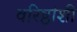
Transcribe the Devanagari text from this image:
वरिष्ठांशी